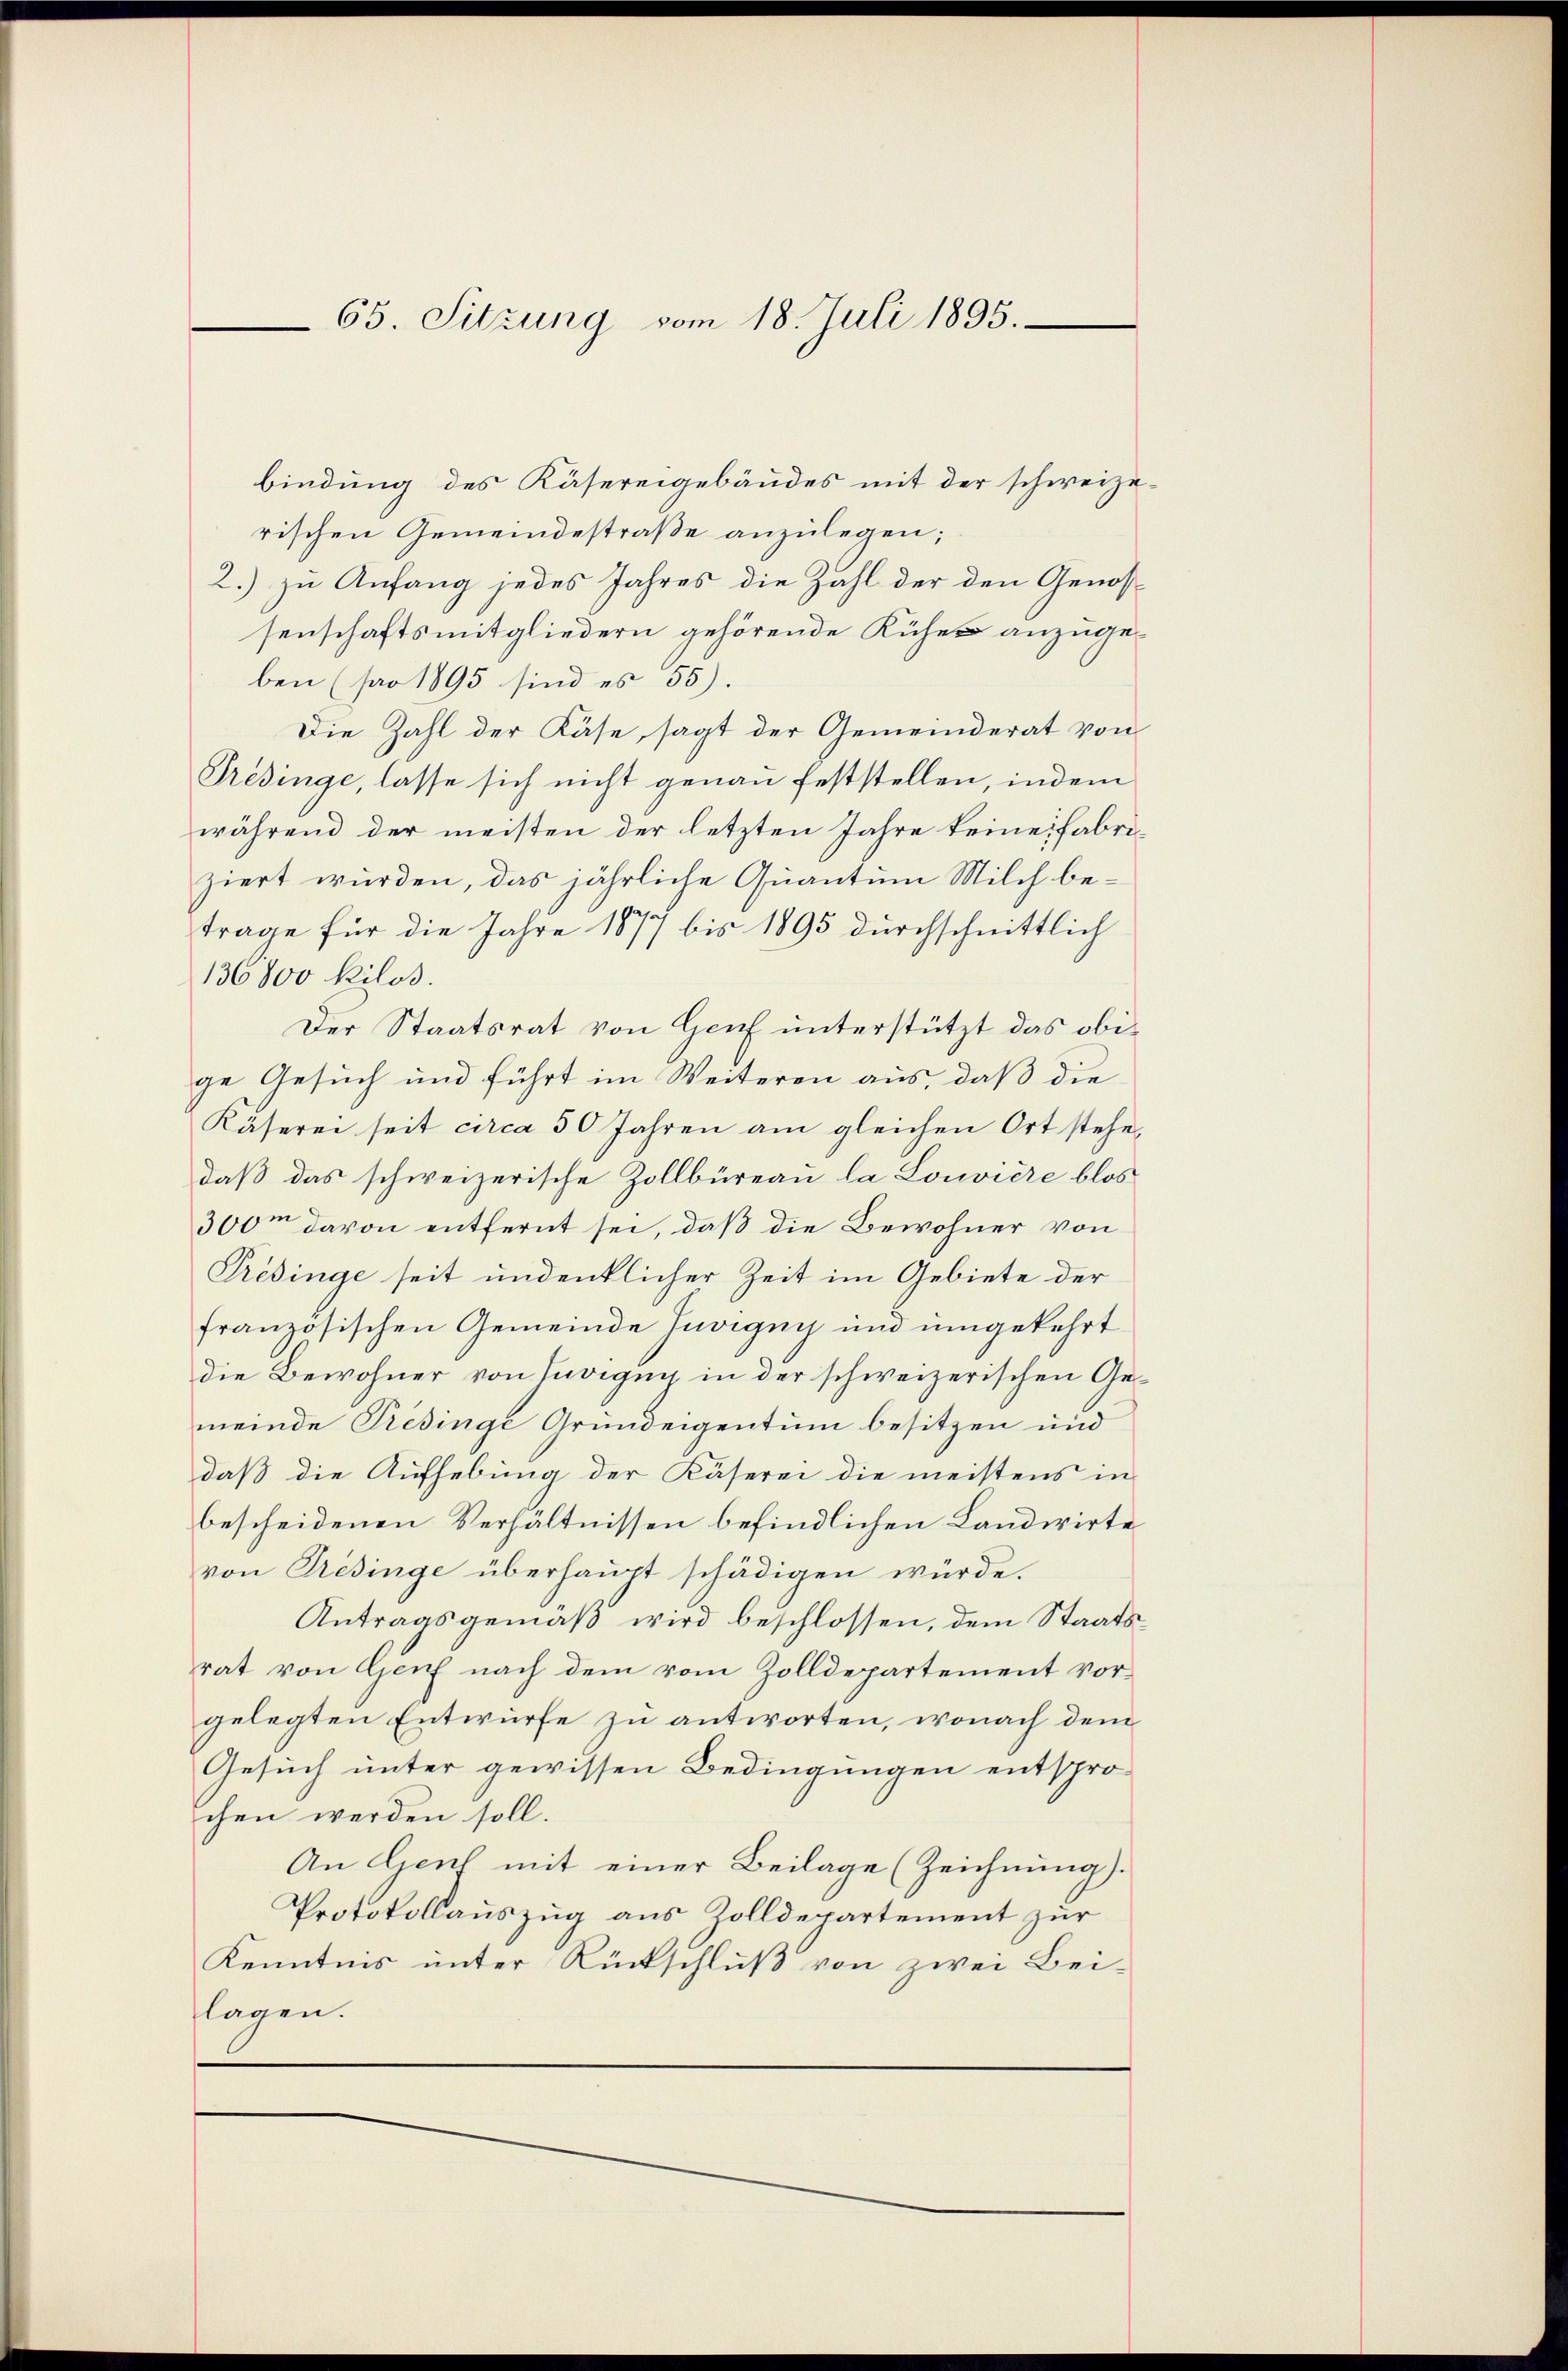
65. Sitzung vom 18. Juli 1895.

bindung des Käsereigebäudes mit der schweizerischen Gemeindestraße anzulegen;
2.) zu Anfang jedes Jahres die Zahl der den Genossenschaftsmitgliedern gehörende Kühe anzugeben (pro 1895 sind es 55).
Die Zahl der Käse, sagt der Gemeinderat von
Predinge, lasse sich nicht genau feststellen, indem
während der meisten der letzten Jahre keine fabriziert würden, das jährliche Quantum Milch betrage für die Jahre 1877 bis 1895 durchschnittlich
136800 Kilos.
Der Staatsrat von Genf unterstützt das obige Gesuch und führt im Weiteren aus, daß die
Käserei seit circa 50 Jahren am gleichen Ort stehe,
daß das schweizerische Zollbüreau la Louviere blos
300m davon entfernt sei, daß die Bewohner von
Predinge seit undentlicher Zeit im Gebiete der
französischen Gemeinde Tuvigny und umgekehrt
die Bewohner von Zuvigny in der schweizerischen Gemeinde Predinge Grundeigentum besitzen und
daß die Aufhebung der Käserei die meistens in
bescheidenen Verhältnissen befindlichen Landwirte
von Tresinge überhaupt schädigen würde.
Antragsgemäß wird beschlossen, dem Staatsrat von Genf nach dem vom Zolldepartement vorgelegten Entwurfe zu antworten, wonach dem
Gesuch unter gewissen Bedingungen entspro-
chen werden soll.
An Genf mit einer Beilage (Zeichnung).
Protokollauszug aus Zolldepartement zur
Kenntnis unter Rückschlŭβ von zwei Bei-
lagen.